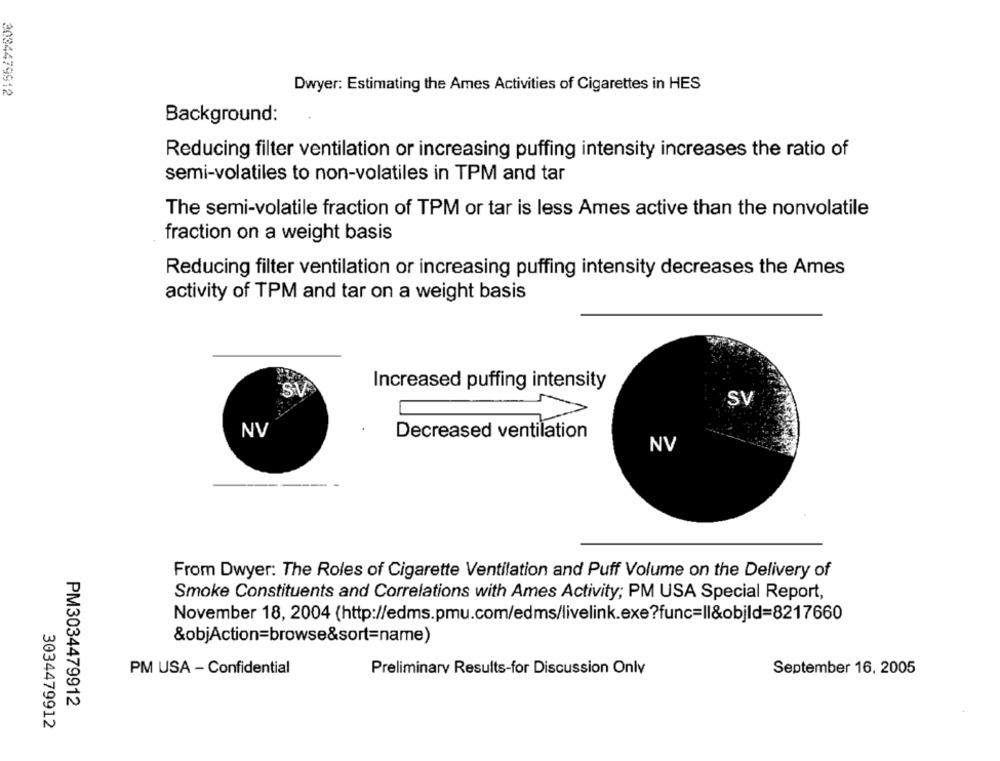
3034479912
Dwyer: Estimating the Ames Activities of Cigarettes in HES
Background:
Reducing filter ventilation or increasing puffing intensity increases the ratio of
semi-volatiles to non-volatiles in TPM and tar
The semi-volatile fraction of TPM or tar is less Ames active than the nonvolatile
fraction on a weight basis
Reducing filter ventilation or increasing puffing intensity decreases the Ames
activity of TPM and tar on a weight basis
SV
Increased puffing intensity
SV
NV
Decreased ventilation
NV
From Dwyer: The Roles of Cigarette Ventilation and Puff Volume on the Delivery of
Smoke Constituents and Correlations with Ames Activity; PM USA Special Report,
November 18, 2004 (http://edms.pmu.com/edms/livelink.exe?func=Il&objld=8217660
&objAction=browse&sort=name)
PM USA - Confidential
September 16, 2005
Preliminary Results-for Discussion Onlv
PM3034479912
3034479912